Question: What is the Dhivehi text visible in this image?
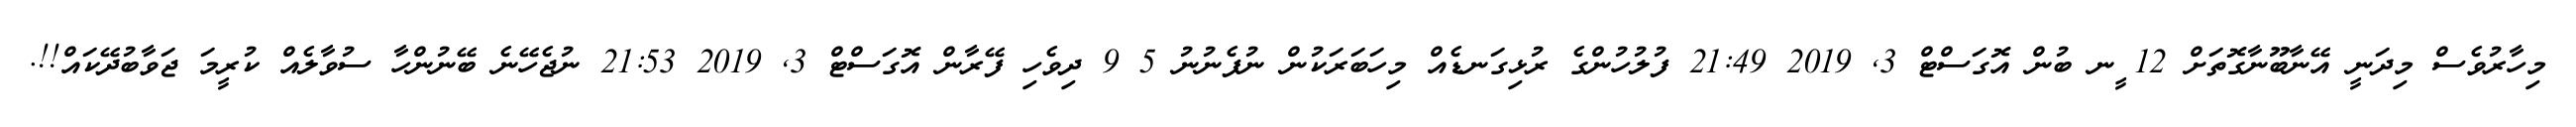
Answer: މިހާރުވެސް މިދަނީ އޭނާބޫނާގޮތަށް 12 ީނ ބުން އޮގަސްޓް 3, 2019 21:49 ފުލުހުންގެ ރުޅިގަނޑެއް މިހަބަރަކުން ނުފެނުނު 5 9 ދިވެހި ފޭރާން އޮގަސްޓް 3, 2019 21:53 ނުޖެހޭނެ ބޭނުންހާ ސުވާލެއް ކުރީމަ ޖަވާބުދޭކައް!!.